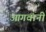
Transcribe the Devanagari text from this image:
आगवानी